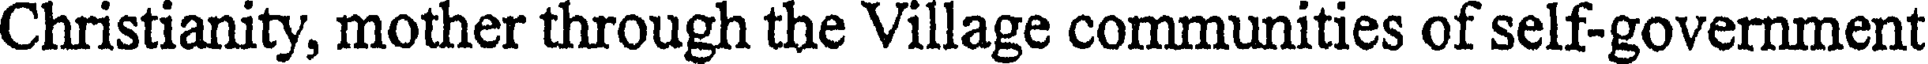
Christianity, mother through the Village communities of self-government